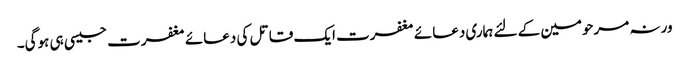
ورنہ مرحومین کے لئے ہماری دعائے مغفرت ایک قاتل کی دعائے مغفرت جیسی ہی ہوگی۔